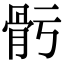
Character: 𩨗